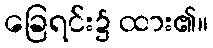
ခြေရင်း၌ ထား၏။